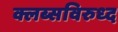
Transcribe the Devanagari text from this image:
क्लब्सविरुध्द